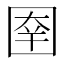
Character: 𰉑